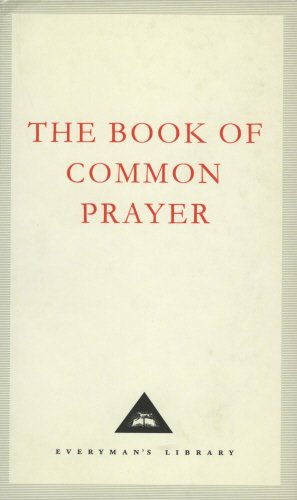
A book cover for The Book of Common Prayer: 1662 Version (Everyman's Library Classics); Thomas Cranmer; Christian Books & Bibles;